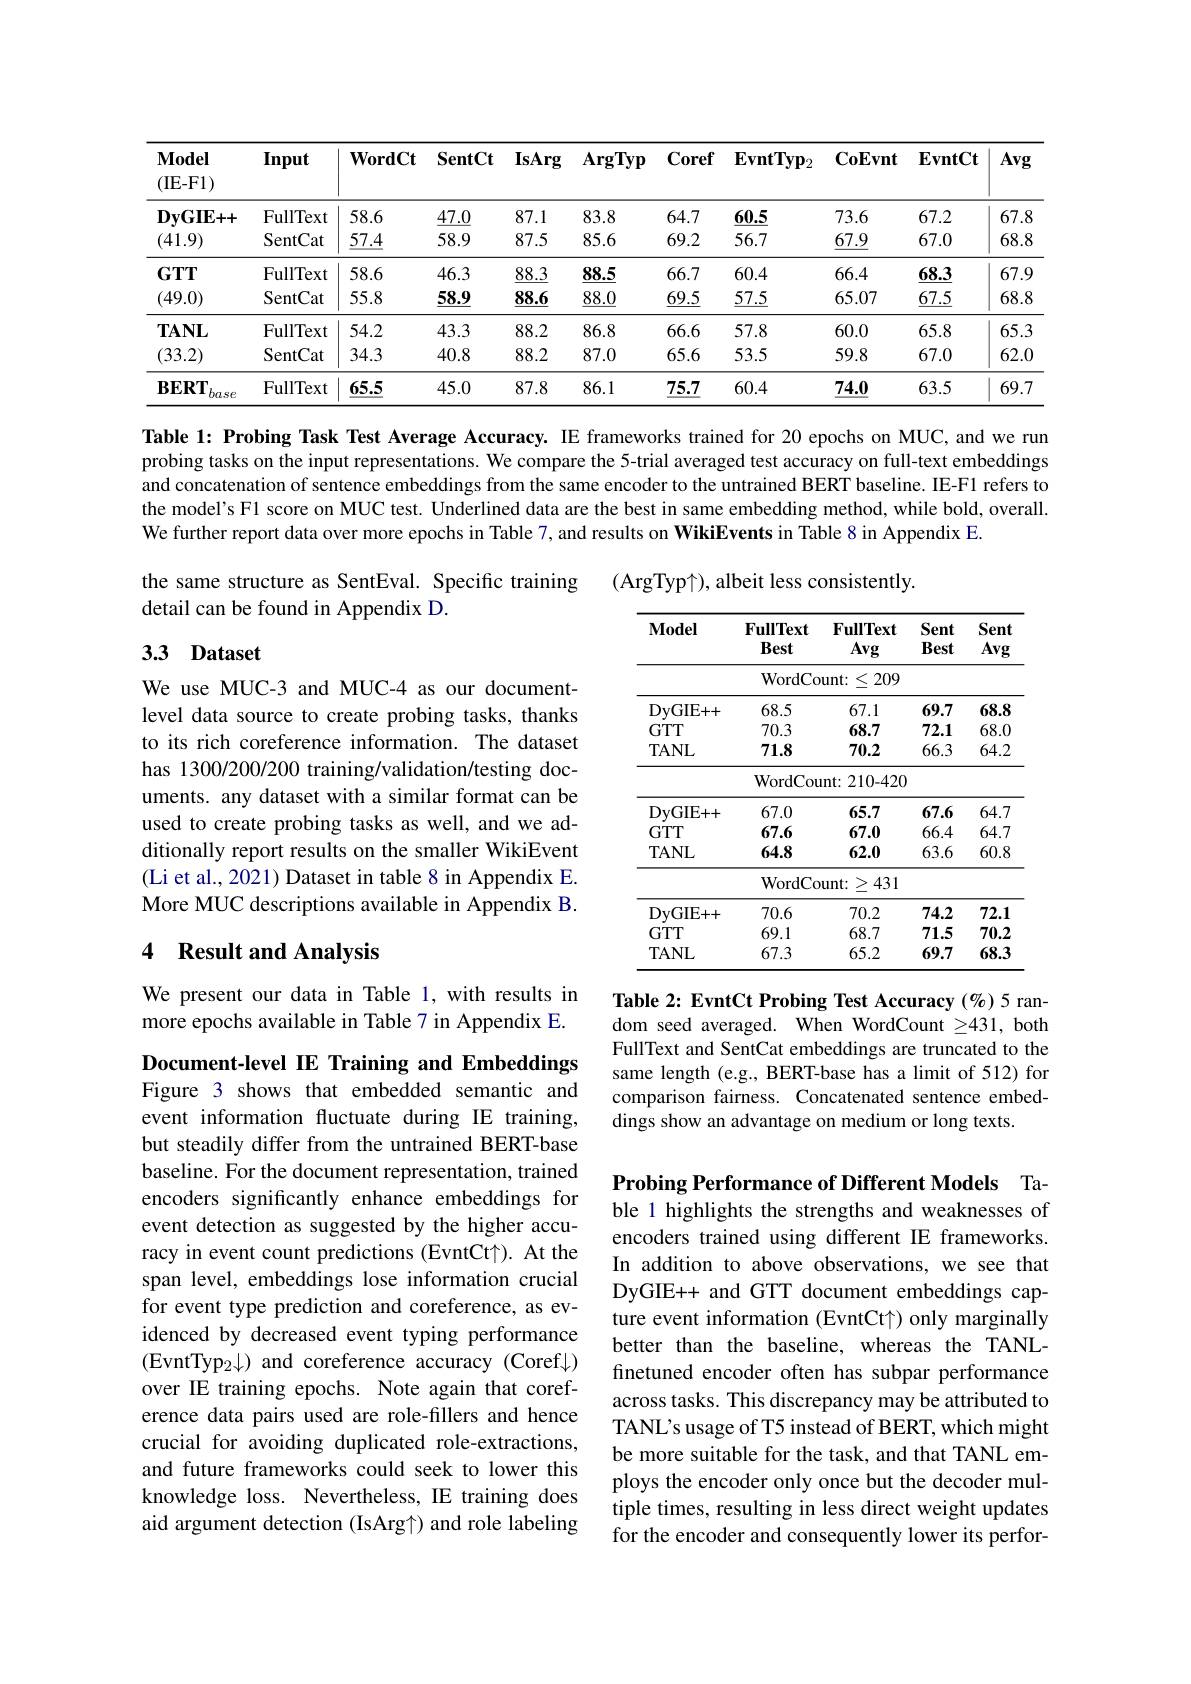
<table>
	<tbody>
		<tr>
			<th>$\mathbf{Model}$ (IE-F1)</th>
			<th>Input</th>
			<th>$\mathbf{WordCt}$</th>
			<th>$\mathbf{SentCt}$</th>
			<th>IsArg</th>
			<th>ArgTyp</th>
			<th>Coref</th>
			<th>$\mathbf{EvntTyp}_{2}$</th>
			<th>$\mathbf{CoEvnt}$</th>
			<th>$\mathbf{EvntCt}$</th>
			<th>Avg</th>
		</tr>
		<tr>
			<td rowspan="2">$\mathbf{DyGIE++}$ (41.9)</td>
			<td>FullText</td>
			<td>58.6</td>
			<td>47.0</td>
			<td>87.1</td>
			<td>83.8</td>
			<td>64.7</td>
			<td>60.5</td>
			<td>73.6</td>
			<td>67.2</td>
			<td>67.8</td>
		</tr>
		<tr>
			<td>SentCat</td>
			<td>$\underline{57.4}$</td>
			<td>58.9</td>
			<td>87.5</td>
			<td>85.6</td>
			<td>69.2</td>
			<td>56.7</td>
			<td>$\underline{67.9}$</td>
			<td>67.0</td>
			<td>68.8</td>
		</tr>
		<tr>
			<td rowspan="2">$GTTT$ (49.0)</td>
			<td>FullText</td>
			<td>58.6</td>
			<td>46.3</td>
			<td>88.3</td>
			<td>88.5</td>
			<td>66.7</td>
			<td>60.4</td>
			<td>66.4</td>
			<td>68.3</td>
			<td>67.9</td>
		</tr>
		<tr>
			<td>SentCat</td>
			<td>55.8</td>
			<td>$\underline{58.9}$</td>
			<td>$\underline{88.6}$</td>
			<td>$\underline{88.0}$</td>
			<td>$\underline{69.5}$</td>
			<td>$\underline{57.5}$</td>
			<td>65.07</td>
			<td>$\underline{67.5}$</td>
			<td>68.8</td>
		</tr>
		<tr>
			<td rowspan="2">$\mathbf{TANL}$ (33.2)</td>
			<td>${\mathrm{FullText}}$</td>
			<td>54.2</td>
			<td>43.3</td>
			<td>88.2</td>
			<td>86.8</td>
			<td>66.6</td>
			<td>57.8</td>
			<td>60.0</td>
			<td>65.8</td>
			<td>65.3</td>
		</tr>
		<tr>
			<td>SentCat</td>
			<td>34.3</td>
			<td>40.8</td>
			<td>88.2</td>
			<td>87.0</td>
			<td>65.6</td>
			<td>53.5</td>
			<td>59.8</td>
			<td>67.0</td>
			<td>$62.C$</td>
		</tr>
		<tr>
			<td>$\mathbf{BERT}$ base</td>
			<td>${\mathrm{FullText}}$</td>
			<td>65.5</td>
			<td>45.0</td>
			<td>87.8</td>
			<td>86.1</td>
			<td>75.7</td>
			<td>60.4</td>
			<td>74.0</td>
			<td>63.5</td>
			<td>69.7</td>
		</tr>
	</tbody>
</table>

Table 1: Probing Task Test Average Accuracy. IE frameworks trained for 20 epochs on MUC, and we run probing tasks on the input representations. We compare the 5-trial averaged test accuracy on full-text embeddings and concatenation of sentence embeddings from the same encoder to the untrained BERT baseline. IE-F1 refers to the model's Fl score on MUC test. Underlined data are the best in same embedding method, while bold, overall. We further report data over more epochs in Table 7, and results on WikiEvents in Table 8 in Appendix E.

(ArgTyp$\uparrow)$, albeit less consistently.

the same structure as SentEval. Specific training
detail can be found in Appendix D.

## 3.3 Dataset

<table>
	<tbody>
		<tr>
			<th>$\mathbf{Model}$</th>
			<th>$\mathbf{FullText}$ Best</th>
			<th>$\mathbf{FullText}$ Avg</th>
			<th>Sent Best</th>
			<th>Sent Avg</th>
		</tr>
		<tr>
			<td> </td>
			<td>WordCc</td>
			<td>209 $unt:$ 、</td>
			<td> </td>
			<td> </td>
		</tr>
		<tr>
			<td>DyGIE 1++</td>
			<td>68.5</td>
			<td>67.1</td>
			<td>69.7</td>
			<td>68.8</td>
		</tr>
		<tr>
			<td>$GTT$</td>
			<td>70.3</td>
			<td>68.7</td>
			<td>72.1</td>
			<td>68.0</td>
		</tr>
		<tr>
			<td>TANL</td>
			<td>71.8</td>
			<td>70.2</td>
			<td>66.3</td>
			<td>64.2</td>
		</tr>
		<tr>
			<td> </td>
			<td>WordCou</td>
			<td>${\mathrm{int:~210-420}}$</td>
			<td> </td>
			<td> </td>
		</tr>
		<tr>
			<td>DyGIE+ + </td>
			<td>67.0</td>
			<td>65.7</td>
			<td>67.6</td>
			<td>64.7</td>
		</tr>
		<tr>
			<td>$GTT$</td>
			<td>67.6</td>
			<td>67.0</td>
			<td>66.4</td>
			<td>64.7</td>
		</tr>
		<tr>
			<td>$TANL$</td>
			<td>64.8</td>
			<td>62.0</td>
			<td>63.6</td>
			<td>60.8</td>
		</tr>
		<tr>
			<td> </td>
			<td>WordCc</td>
			<td>431 $unt:$ $\textbf{广 }$</td>
			<td> </td>
			<td> </td>
		</tr>
		<tr>
			<td>DyGIE+ + </td>
			<td>70.6</td>
			<td>70.2</td>
			<td>74.2</td>
			<td>72.1</td>
		</tr>
		<tr>
			<td>$GTT$</td>
			<td>69.1</td>
			<td>68.7</td>
			<td>71.5</td>
			<td>70.2</td>
		</tr>
		<tr>
			<td>$TANL$</td>
			<td>67.3</td>
			<td>65.2</td>
			<td>69.7</td>
			<td>68.3</td>
		</tr>
	</tbody>
</table>

We use MUC-3 and MUC-4 as our documentlevel data source to create probing tasks, thanks to its rich coreference information. The dataset has 1300/200/200 training/validation/testing documents. any dataset with a similar format can be used to create probing tasks as well, and we additionally report results on the smaller WikiEvent (Li et al., 2021) Dataset in table 8 in Appendix E. More MUC descriptions available in Appendix B.

### 4 Result and Analysis

We present our data in Table 1, with results in more epochs available in Table 7 in Appendix E.

Table 2: EvntCt Probing Test Accuracy (%)5 random seed averaged. When WordCount $\geq431$, both FullText and SentCat embeddings are truncated to the same length (e.g., BERT-base has a limit of 512) for comparison fairness. Concatenated sentence embeddings show an advantage on medium or long texts.

Document-level IE Training and Embeddings Figure 3 shows that embedded semantic and event information fluctuate during IE training, but steadily differ from the untrained BERT-base baseline. For the document representation, trained encoders significantly enhance embeddings for event detection as suggested by the higher accuracy in event count predictions (EvntCt↑). At the span level, embeddings lose information crucial for event type prediction and coreference, as evidenced by decreased event typing performance (EvntTyp$_2\downarrow)$ and coreference accuracy (Coref$\downarrow)$ over IE training epochs. Note again that coreference data pairs used are role-fillers and hence crucial for avoiding duplicated role-extractions, and future frameworks could seek to lower this knowledge loss. Nevertheless, IE training does aid argument detection (IsArg↑) and role labeling

Probing Performance of Different Models Table 1 highlights the strengths and weaknesses of encoders trained using different IE frameworks. In addition to above observations, we see that DyGIE++ and GTT document embeddings capture event information (EvntCt↑) only marginally better than the baseline, whereas the TANLfinetuned encoder often has subpar performance across tasks. This discrepancy may be attributed to TANL's usage of T5 instead of BERT, which might be more suitable for the task, and that TANL employs the encoder only once but the decoder multiple times, resulting in less direct weight updates for the encoder and consequently lower its perfor-